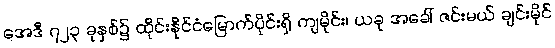
အေဒီ ၇၂၃ ခုနှစ်၌ ထိုင်းနိုင်ငံမြောက်ပိုင်းရှိ ကျမိုင်း၊ ယခု အခေါ် ဇင်းမယ် ချင်းမိုင်